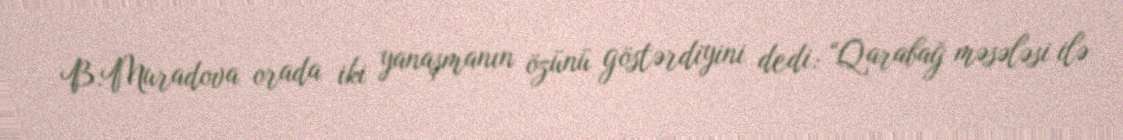
B.Muradova orada iki yanaşmanın özünü göstərdiyini dedi: “Qarabağ məsələsi ilə